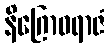
နိဂြောဓရာဇံ